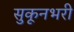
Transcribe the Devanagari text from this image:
सुकूनभरी